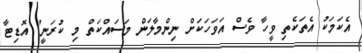
އެކަމަކު އެތަކެތި ވީހާ ވެސް އަވަހަކަށް ނިންމާލަން މަސައްކަތް މި ކުރަނީ" އޮޑިޓާ